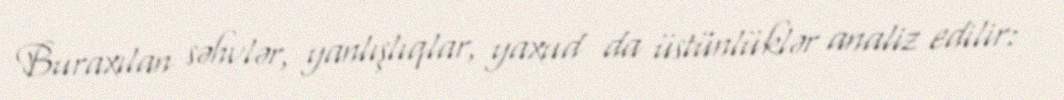
Buraxılan səhvlər, yanlışlıqlar, yaxud da üstünlüklər analiz edilir: